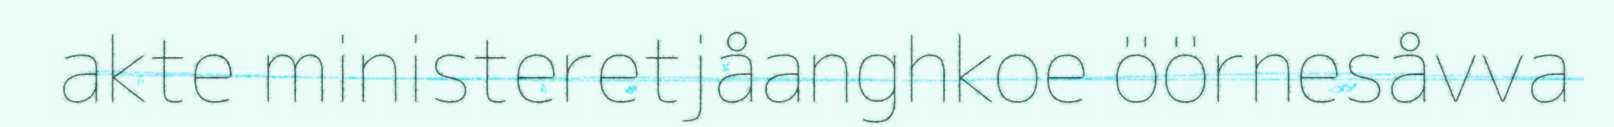
akte ministeretjåanghkoe öörnesåvva